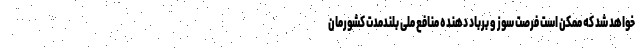
خواهد شد که ممکن است فرصت سوز و برباد دهنده منافع ملی بلندمدت کشورمان